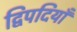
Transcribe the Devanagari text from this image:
द्विपदियाँ